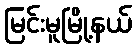
မြင်းမူမြို့နယ်